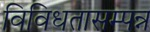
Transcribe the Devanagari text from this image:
विविधतासम्पन्न